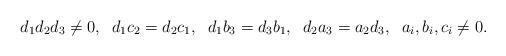
LaTeX: \begin{align*}d_1d_2d_3\neq 0, \;\; d_1c_2=d_2c_1,\;\; d_1b_3=d_3b_1, \;\; d_2a_3=a_2d_3, \;\; a_i, b_i, c_i\neq 0.\end{align*}